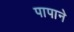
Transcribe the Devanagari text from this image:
पापाने